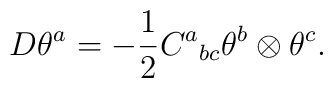
D\theta^a = - {1\over 2} C^a{}_{bc}\theta^b \otimes \theta^c.